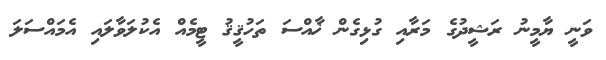
ވަނީ ޔާމީނު ރަޝީދުގެ މަރާއި ގުޅިގެން ޚާއްސަ ތަހުޤީޤު ޓީމެއް އެކުލަވާލައި އެމައްސަލަ